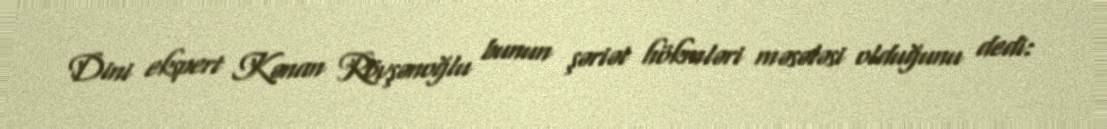
Dini ekspert Kənan Rövşənoğlu bunun şəriət hökmləri məsələsi olduğunu dedi: